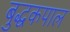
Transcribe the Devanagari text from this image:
बुद्धकपाल